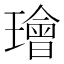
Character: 璯